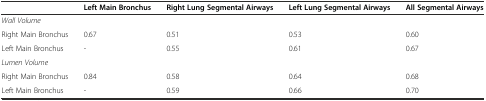
|  | Left Main Bronchus | Right Lung Segmental Airways | Left Lung Segmental Airways | All Segmental Airways |
 | --- | --- | --- | --- | --- |
 | Wall Volume |  |  |  |  |
 | Right Main Bronchus | 0.67 | 0.51 | 0.53 | 0.60 |
 | Left Main Bronchus | - | 0.55 | 0.61 | 0.67 |
 | Lumen Volume |  |  |  |  |
 | Right Main Bronchus | 0.84 | 0.58 | 0.64 | 0.68 |
 | Left Main Bronchus | - | 0.59 | 0.66 | 0.70 |